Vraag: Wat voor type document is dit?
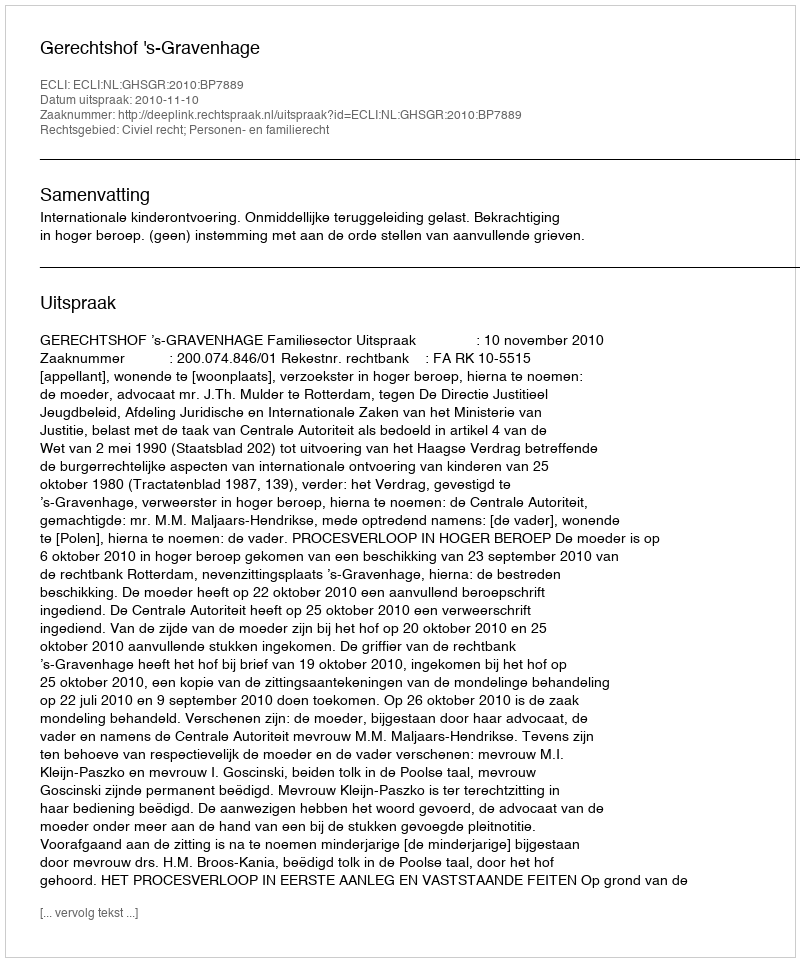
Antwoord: Uitspraak